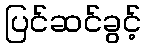
ပြင်ဆင်ခွင့်